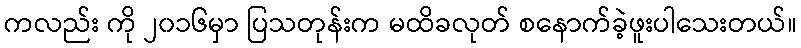
ကလည်း ကို ၂၀၁၆မှာ ပြသတုန်းက မထိခလုတ် စနောက်ခဲ့ဖူးပါသေးတယ်။